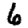
Digit: 6